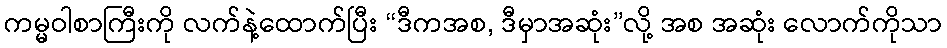
ကမ္မဝါစာကြီးကို လက်နဲ့ထောက်ပြီး “ဒီကအစ, ဒီမှာအဆုံး”လို့ အစ အဆုံး လောက်ကိုသာ